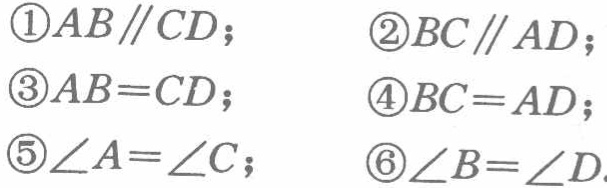
\begin{enumerate}
\item $AB\parallel CD$；
\item $BC\parallel AD$；
\item $AB = CD$；
\item $BC = AD$；
\item $\angle A=\angle C$；
\item $\angle B=\angle D$.
\end{enumerate}